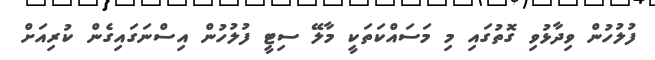
ފުލުހުން ވިދާޅުވި ގޮތުގައި މި މަސައްކަތަކީ މާލޭ ސިޓީ ފުލުހުން އިސްނަގައިގެން ކުރިއަށް